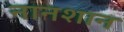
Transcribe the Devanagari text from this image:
नानशान